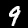
Label: 9